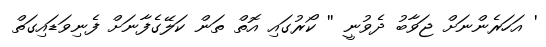
' އަހަރެންނަށް ޖަވާބު ދެވުނީ '' ކޯރުގައި އޮތް ތަން ކަލޭގެފާނަށް ފެނިވަޑައިގަތް